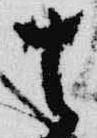
去